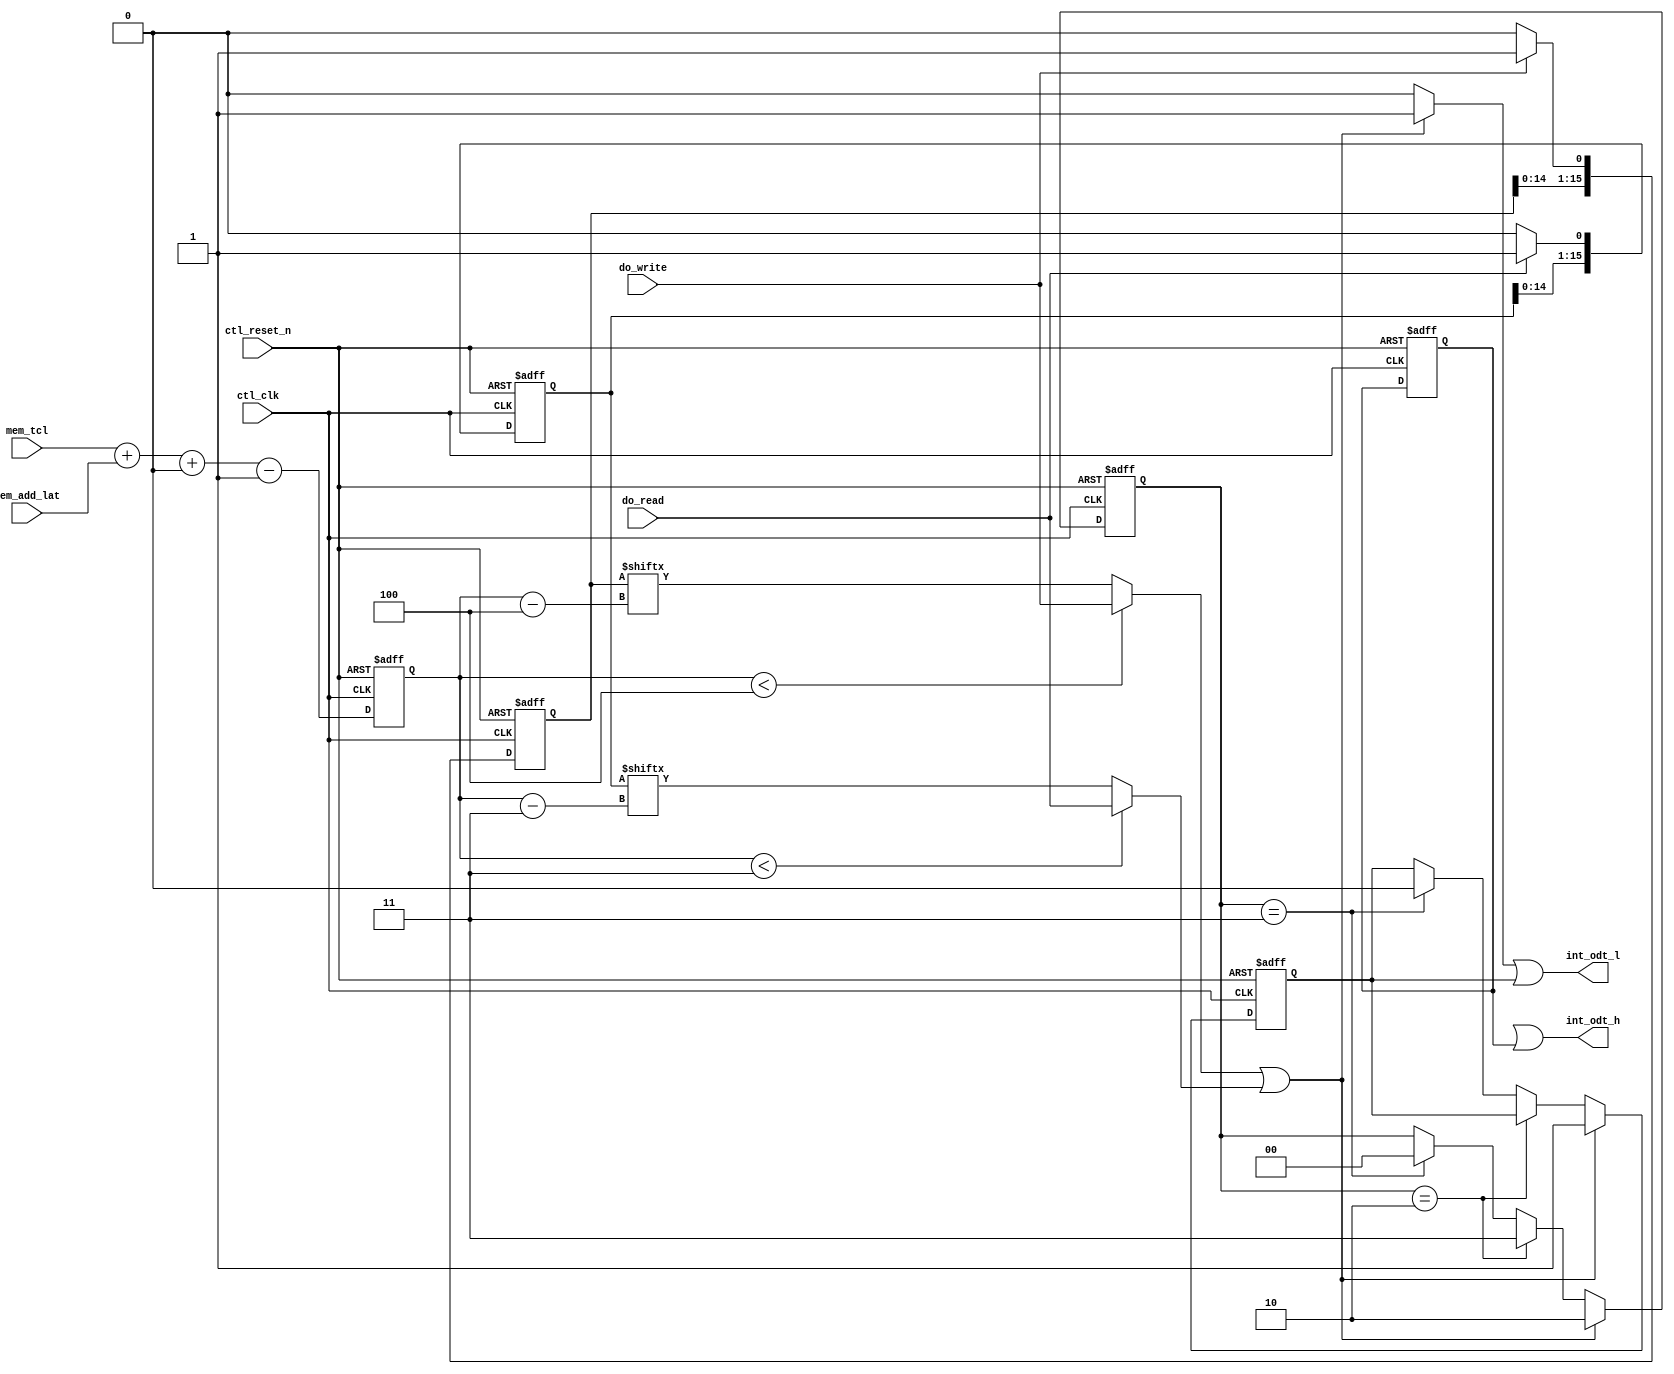
//Legal Notice: (C)2009 Altera Corporation. All rights reserved.  Your
//use of Altera Corporation's design tools, logic functions and other
//software and tools, and its AMPP partner logic functions, and any
//output files any of the foregoing (including device programming or
//simulation files), and any associated documentation or information are
//expressly subject to the terms and conditions of the Altera Program
//License Subscription Agreement or other applicable license agreement,
//including, without limitation, that your use is for the sole purpose
//of programming logic devices manufactured by Altera and sold by Altera
//or its authorized distributors.  Please refer to the applicable
//agreement for further details.

///////////////////////////////////////////////////////////////////////////////
// Title         : DDR2 controller ODT block
//
//
// Abstract      : DDR2 ODT signal generator block
///////////////////////////////////////////////////////////////////////////////

`timescale 1 ps / 1 ps
module alt_ddrx_ddr2_odt_gen
    # (parameter
        DWIDTH_RATIO        =   2,
        MEMORY_BURSTLENGTH  =   8,
        ADD_LAT_BUS_WIDTH   =   3,
        CTL_OUTPUT_REGD     =   0,
        TCL_BUS_WIDTH       =   4
    )
    (
        ctl_clk,
        ctl_reset_n,
        mem_tcl,
        mem_add_lat,
        do_write,
        do_read,
        int_odt_l,
        int_odt_h
    );
    
    input                           ctl_clk;
    input                           ctl_reset_n;
    input   [TCL_BUS_WIDTH-1:0]     mem_tcl;
    input   [ADD_LAT_BUS_WIDTH-1:0] mem_add_lat;
    
    input do_write;
    input do_read;
    
    output  int_odt_l;
    output  int_odt_h;
    
    localparam   TCL_PIPE_LENGTH =   2**TCL_BUS_WIDTH; // okay to size this to 4 since max latency in DDR2 is 7+6=13
    localparam   TAOND           =   2;
    localparam   TAOFD           =   2.5;
    
    wire do_write;
    wire do_read;
    wire [1:0] regd_output;
    
    wire [TCL_BUS_WIDTH-1:0]    int_tcwl_unreg;
    reg  [TCL_BUS_WIDTH-1:0]    int_tcwl;
    
    wire int_odt_l;
    wire int_odt_h;
    
    reg reg_odt_l;
    reg reg_odt_h;
    
    reg combi_odt_l;
    reg combi_odt_h;
    
    reg [1:0] offset_code;
    
    reg start_odt_write;
    reg start_odt_read;
    reg [TCL_PIPE_LENGTH-1:0]   do_write_pipe;
    reg [TCL_PIPE_LENGTH-1:0]   do_read_pipe;
    
    assign  int_odt_l   =   combi_odt_l | reg_odt_l;
    assign  int_odt_h   =   combi_odt_h | reg_odt_h;
    assign  regd_output = (DWIDTH_RATIO == 2) ? (CTL_OUTPUT_REGD ? 2'd1 : 2'd0) : (CTL_OUTPUT_REGD ? 2'd2 : 2'd0);
    assign  int_tcwl_unreg    = (mem_tcl + mem_add_lat + regd_output - 1'b1);
    
    always @(posedge ctl_clk, negedge ctl_reset_n)
        begin
            if (!ctl_reset_n)
                int_tcwl    <=  0;
            else
                int_tcwl    <=  int_tcwl_unreg;
        end
    
    always @(*)
        begin
            if (DWIDTH_RATIO == 2)
                begin
                    if (int_tcwl < 4)
                        start_odt_write <=  do_write;
                    else
                        start_odt_write <=  do_write_pipe[int_tcwl - 4];
                end
            else // half rate
                begin
                    if (int_tcwl < 4)
                        start_odt_write <=  do_write;
                    else
                        start_odt_write <=  do_write_pipe[(int_tcwl - 4)/2];
                end
        end
    
    always @(*)
        begin
            if (DWIDTH_RATIO == 2)
                begin
                    if (int_tcwl < 3)
                        start_odt_read  <=  do_read;
                    else
                        start_odt_read  <=  do_read_pipe[int_tcwl - 3];
                end
            else // half rate
                begin
                    if (int_tcwl < 3)
                        start_odt_read  <=  do_read;
                    else
                        start_odt_read  <=  do_read_pipe[(int_tcwl - 3)/2];
                end
        end
    
    always @(posedge ctl_clk, negedge ctl_reset_n)
        begin
            if (!ctl_reset_n)
                do_write_pipe    <=  0;
            else
                if (do_write)
                    do_write_pipe    <=  {do_write_pipe[TCL_PIPE_LENGTH-2:0],do_write};
                else
                    do_write_pipe    <=  {do_write_pipe[TCL_PIPE_LENGTH-2:0],1'b0};
        end
    
    always @(posedge ctl_clk, negedge ctl_reset_n)
        begin
            if (!ctl_reset_n)
                do_read_pipe    <=  0;
            else
                if (do_read)
                    do_read_pipe    <=  {do_read_pipe[TCL_PIPE_LENGTH-2:0],do_read};
                else
                    do_read_pipe    <=  {do_read_pipe[TCL_PIPE_LENGTH-2:0],1'b0};
        end
    
    // these blocks already assumes burstlength 8 in half rate and BL4 in full rate
    always @(*)
        begin
            if (DWIDTH_RATIO == 2)
                begin
                    if (start_odt_write || start_odt_read)
                        combi_odt_l <=  1'b1;
                    else
                        combi_odt_l <=  1'b0;
                end
            else // half rate
                begin
                    if (int_tcwl % 2 == 0) //even
                        begin
                            if (start_odt_write)
                                begin
                                    combi_odt_l   <=  1'b1;
                                    combi_odt_h   <=  1'b1;
                                end
                            else if (start_odt_read)
                                begin
                                    combi_odt_l   <=  1'b0;
                                    combi_odt_h   <=  1'b1;
                                end
                            else
                                begin
                                    combi_odt_l   <=  1'b0;
                                    combi_odt_h   <=  1'b0;
                                end
                        end
                    else
                        begin
                            if (start_odt_read)
                                begin
                                    combi_odt_l   <=  1'b1;
                                    combi_odt_h   <=  1'b1;
                                end
                            else if (start_odt_write)
                                begin
                                    combi_odt_l   <=  1'b0;
                                    combi_odt_h   <=  1'b1;
                                end
                            else
                                begin
                                    combi_odt_l   <=  1'b0;
                                    combi_odt_h   <=  1'b0;
                                end
                        end
                end
        end
    
    always @(posedge ctl_clk, negedge ctl_reset_n)
        begin
            if (!ctl_reset_n)
                begin
                    reg_odt_l   <=  1'b0;
                    reg_odt_h   <=  1'b0;
                    offset_code <=  0;
                end
            else
                if (DWIDTH_RATIO == 2)
                    begin
                        if (start_odt_write || start_odt_read)
                            begin
                                reg_odt_l   <=  1'b1;
                                offset_code <=  2;
                            end
                        else if (offset_code == 2)
                            offset_code <=  3;
                        else if (offset_code == 3)
                            begin
                                offset_code <=  0;
                                reg_odt_l   <=  1'b0;
                            end
                    end
                else
                    begin
                        if (int_tcwl % 2 == 0) //even
                            begin
                                if (start_odt_write)
                                    begin
                                        reg_odt_l   <=  1'b1;
                                        reg_odt_h   <=  1'b1;
                                        offset_code <=  3;
                                    end
                                else if (start_odt_read)
                                    begin
                                        reg_odt_l   <=  1'b1;
                                        reg_odt_h   <=  1'b1;
                                        offset_code <=  0;
                                    end
                                else if (reg_odt_h && reg_odt_l && offset_code == 0)
                                    offset_code <=  1;
                                else if (reg_odt_h && reg_odt_l && offset_code == 1)
                                    begin
                                        reg_odt_l   <=  1'b0;
                                        reg_odt_h   <=  1'b0;
                                        offset_code <=  0;
                                    end
                                else if (reg_odt_h && reg_odt_l && offset_code == 3)
                                    begin
                                        reg_odt_h   <=  1'b0;
                                        offset_code <=  0;
                                    end
                                else if (!reg_odt_h && reg_odt_l)
                                    begin
                                        reg_odt_l   <=  1'b0;
                                        offset_code <=  0;
                                    end
                            end
                        else
                            begin
                                if (start_odt_read)
                                    begin
                                        reg_odt_l   <=  1'b1;
                                        reg_odt_h   <=  1'b1;
                                        offset_code <=  3;
                                    end
                                else if (start_odt_write)
                                    begin
                                        reg_odt_l   <=  1'b1;
                                        reg_odt_h   <=  1'b1;
                                        offset_code <=  0;
                                    end
                                else if (reg_odt_h && reg_odt_l && offset_code == 0)
                                    offset_code <=  1;
                                else if (reg_odt_h && reg_odt_l && offset_code == 1)
                                    begin
                                        reg_odt_l   <=  1'b0;
                                        reg_odt_h   <=  1'b0;
                                        offset_code <=  0;
                                    end
                                else if (reg_odt_h && reg_odt_l && offset_code == 3)
                                    begin
                                        reg_odt_h   <=  1'b0;
                                        offset_code <=  0;
                                    end
                                else if (!reg_odt_h && reg_odt_l)
                                    begin
                                        reg_odt_l   <=  1'b0;
                                        offset_code <=  0;
                                    end
                            end
                    end
        end

endmodule